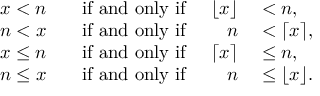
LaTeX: \begin{array} { r l r l } { x < n } & { { } \; \; { \mathrm { ~ i f ~ a n d ~ o n l y ~ i f ~ } } } & { \lfloor x \rfloor } & { { } < n , } \\ { n < x } & { { } \; \; { \mathrm { ~ i f ~ a n d ~ o n l y ~ i f ~ } } } & { n } & { { } < \lceil x \rceil , } \\ { x \leq n } & { { } \; \; { \mathrm { ~ i f ~ a n d ~ o n l y ~ i f ~ } } } & { \lceil x \rceil } & { { } \leq n , } \\ { n \leq x } & { { } \; \; { \mathrm { ~ i f ~ a n d ~ o n l y ~ i f ~ } } } & { n } & { { } \leq \lfloor x \rfloor . } \end{array}